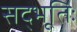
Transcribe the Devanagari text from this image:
सद्भूतिः